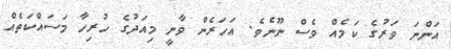
އަންނަ ވަރުގެ ކަމެއް ވެސް ނޫނެވެ. އަހަރެން ވާނީ މިއަދުގެ ހުރިހާ މަސައްކަތެއް